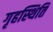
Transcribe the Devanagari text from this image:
गृहस्थिति